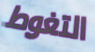
التغوط